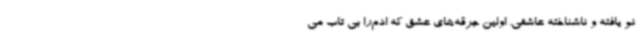
نو یافته و ناشناخته عاشقی. اولین جرقه‌های عشق که ادم‌را بی تاب می